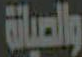
والصيانة